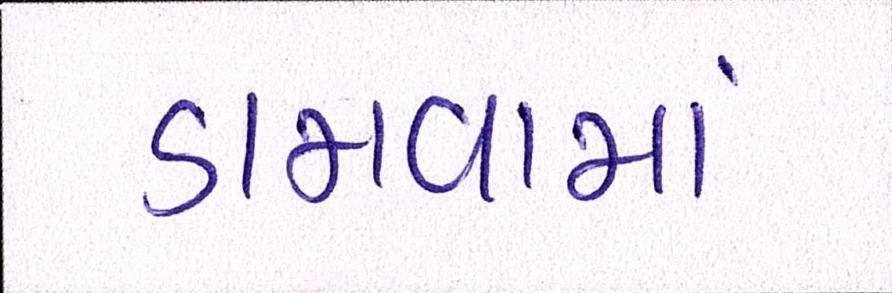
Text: ડામવામાં